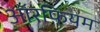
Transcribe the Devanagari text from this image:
ऑरफ़ियम